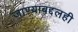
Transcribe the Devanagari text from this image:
जाण्याबद्दलही